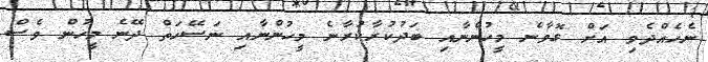
ނެހެއްދެވި އަށް ގޮވާނެ މީހުންނާއި ބަދުކުރާކުރާނެ މީހުންނާއި ނަސޭހަތް ދޭނެ މީހުން ވެސް